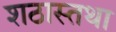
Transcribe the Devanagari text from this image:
शठास्तथा